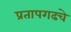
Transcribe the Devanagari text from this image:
प्रतापगढचे